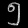
Digit: ၅